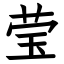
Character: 莹